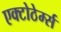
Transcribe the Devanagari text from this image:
एक्टोठेर्म्स